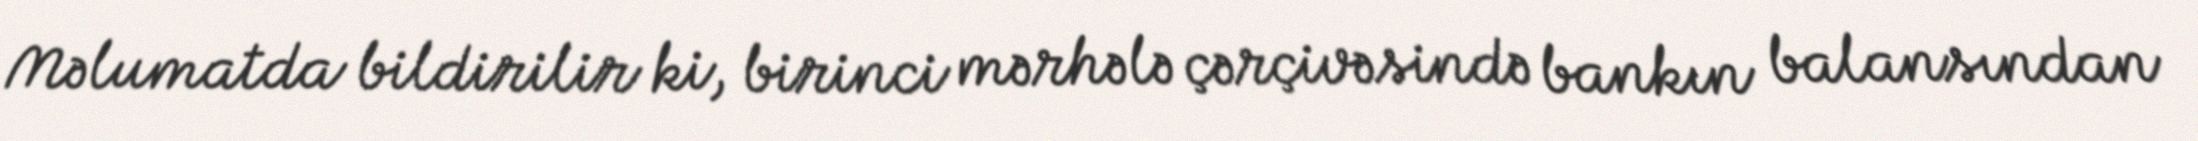
Məlumatda bildirilir ki, birinci mərhələ çərçivəsində bankın balansından